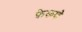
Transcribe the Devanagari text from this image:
फ़ेकणे